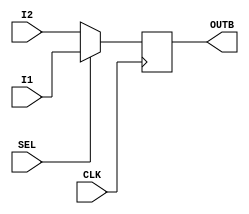
//Designing a 2:1 Multiplexer

`timescale 1ns / 1ps

module mux_B(CLK,I1,I2,SEL,OUTB);

input CLK;
input [4:0] I1;  //Address of current instruction
input [4:0] I2;  //Address of next instruction
input SEL;
output [4:0] OUTB;
reg [4:0] OUTB;

always@(posedge CLK)
begin
	if ( SEL == 1 ) begin
	OUTB <= I1;
	end
	else if (SEL == 0) begin
	OUTB <= I2;
	end
end
endmodule